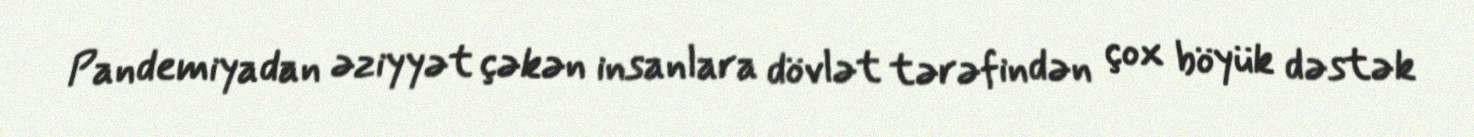
Pandemiyadan əziyyət çəkən insanlara dövlət tərəfindən çox böyük dəstək